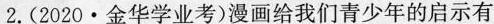
2.(2020·金华学业考)漫画给我们青少年的启示有